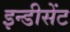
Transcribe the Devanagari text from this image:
इन्डीसेंट